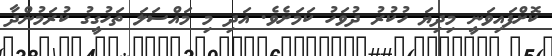
ކޮށްފައިވަނީ މިދިޔަ ހުކުރު ދުވަހު ކަމަށެވެ. އަދި މި މައްސަލަ ތަހުގީގު ކުރަމުންދާ